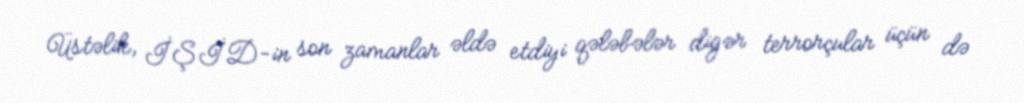
Üstəlik, İŞİD-in son zamanlar əldə etdiyi qələbələr digər terrorçular üçün də